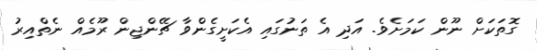
ގޮތަކަށް ނޫން ކަމަށެވެ. އަދި އެ ތަނުގައި އެކަށީގެންވާ ޗޭންޖިން ރޫމެއް ނެތްއިރު